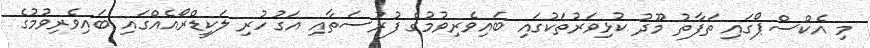
މި އެކްސްޕޯގައި ތަފާތު މޫދު ކުޅިވަރުތަކުގައި ބައިވެރިވުމުގެ ފުރުސަތާއި އަގުހުރި ލަކީޑްރޯއެއްގައި ބައިވެރިވުމުގެ